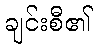
ချင်းစီ၏